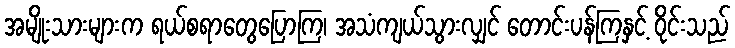
အမျိုးသားများက ရယ်စရာတွေပြောကြ၊ အသံကျယ်သွားလျှင် တောင်းပန်ကြနှင့် ဝိုင်းသည်